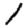
Digit: 1